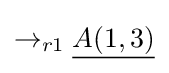
\rightarrow _{r1}{\underline {A(1,3)}}